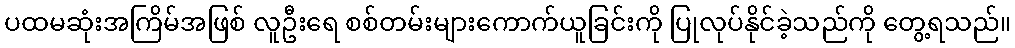
ပထမဆုံးအကြိမ်အဖြစ် လူဦးရေ စစ်တမ်းများကောက်ယူခြင်းကို ပြုလုပ်နိုင်ခဲ့သည်ကို တွေ့ရသည်။